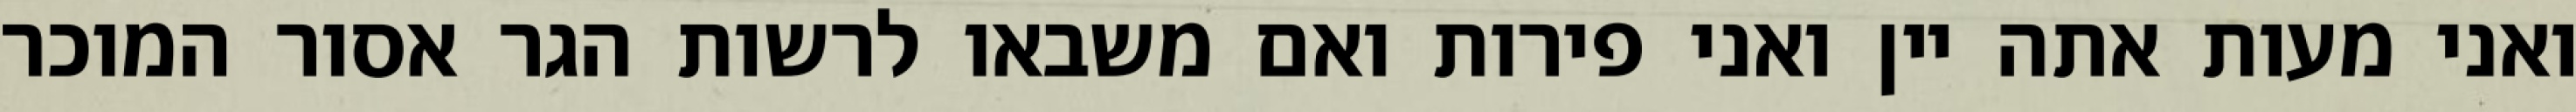
ואני מעות אתה יין ואני פירות ואם משבאו לרשות הגר אסור המוכר